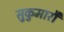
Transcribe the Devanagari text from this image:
सुकुमारौ